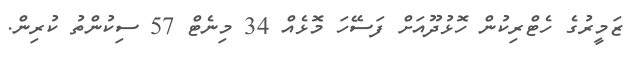
ޒަމީރުގެ ހެޓްރިކުން ހޮޅުދޫއަށް ފަސޭހަ މޮޅެއް 34 މިނެޓް 57 ސިކުންތު ކުރިން.